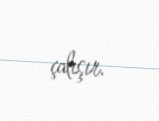
çalışır.